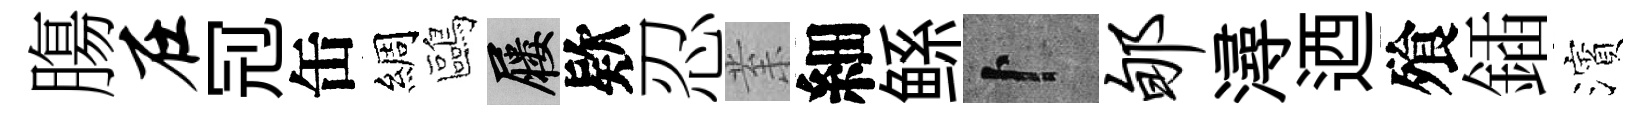
膓在𠜍缶綢鷗屨欵忍𭪙細鲧卜郇潯迺飱鍤濱